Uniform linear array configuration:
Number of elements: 8
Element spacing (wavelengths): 0.75
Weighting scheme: cosine
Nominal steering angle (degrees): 30
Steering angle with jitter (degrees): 28.726
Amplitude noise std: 0.05
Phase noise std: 0.05

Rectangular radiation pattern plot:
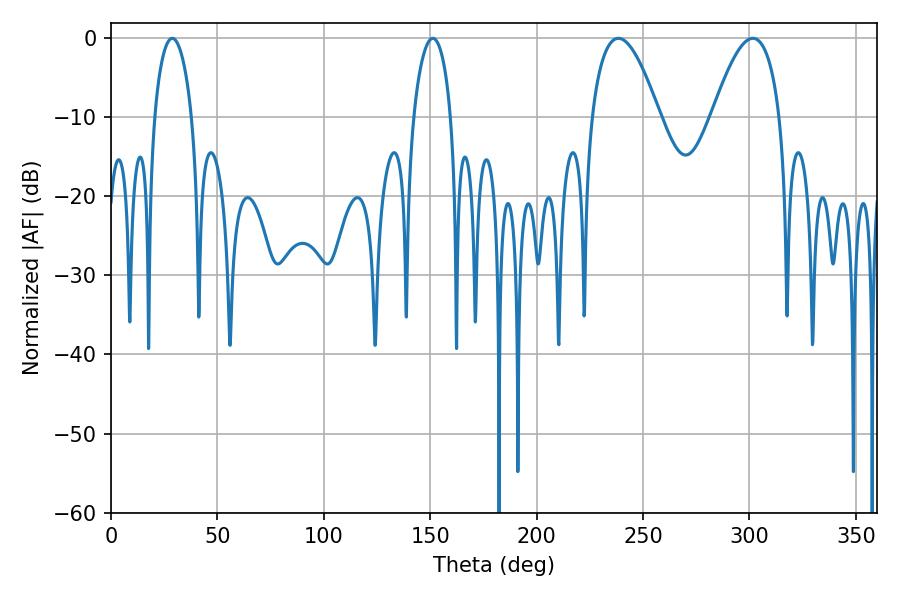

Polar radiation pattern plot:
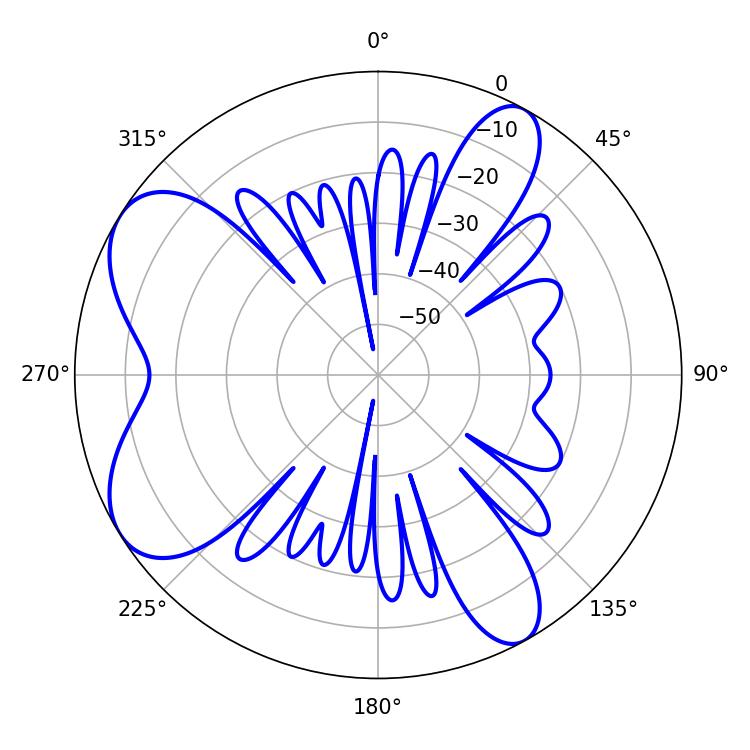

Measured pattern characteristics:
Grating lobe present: TRUE
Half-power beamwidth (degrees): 9.9
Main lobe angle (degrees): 28.8